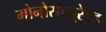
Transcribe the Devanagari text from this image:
मोनोसॅच्युरेटेड